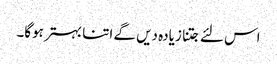
اس لئے جتنا زیادہ دیں گے اتنا بہتر ہوگا۔